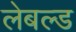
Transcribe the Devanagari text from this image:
लेबल्ड